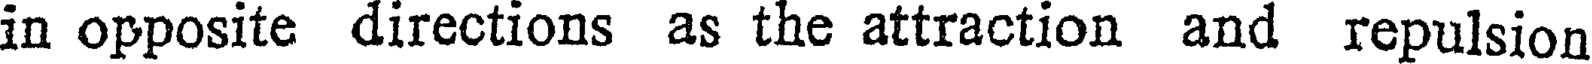
in opposite directions as the attraction and repulsion